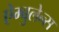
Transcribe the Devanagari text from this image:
ऐम्बुलेन्स